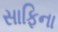
સાફિના